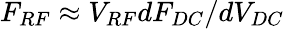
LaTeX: F_{RF}\approx V_{RF}dF_{DC}/dV_{DC}